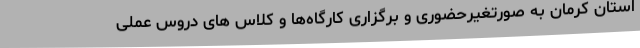
استان کرمان به صورتغیرحضوری و برگزاری کارگاه‌ها و کلاس های دروس عملی